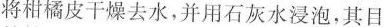
将柑橘皮干燥去水，并用石灰水浸泡，其目